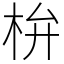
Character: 㭓